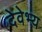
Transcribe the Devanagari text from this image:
देवेभ्य